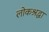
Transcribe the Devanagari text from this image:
लोकश्रद्धा